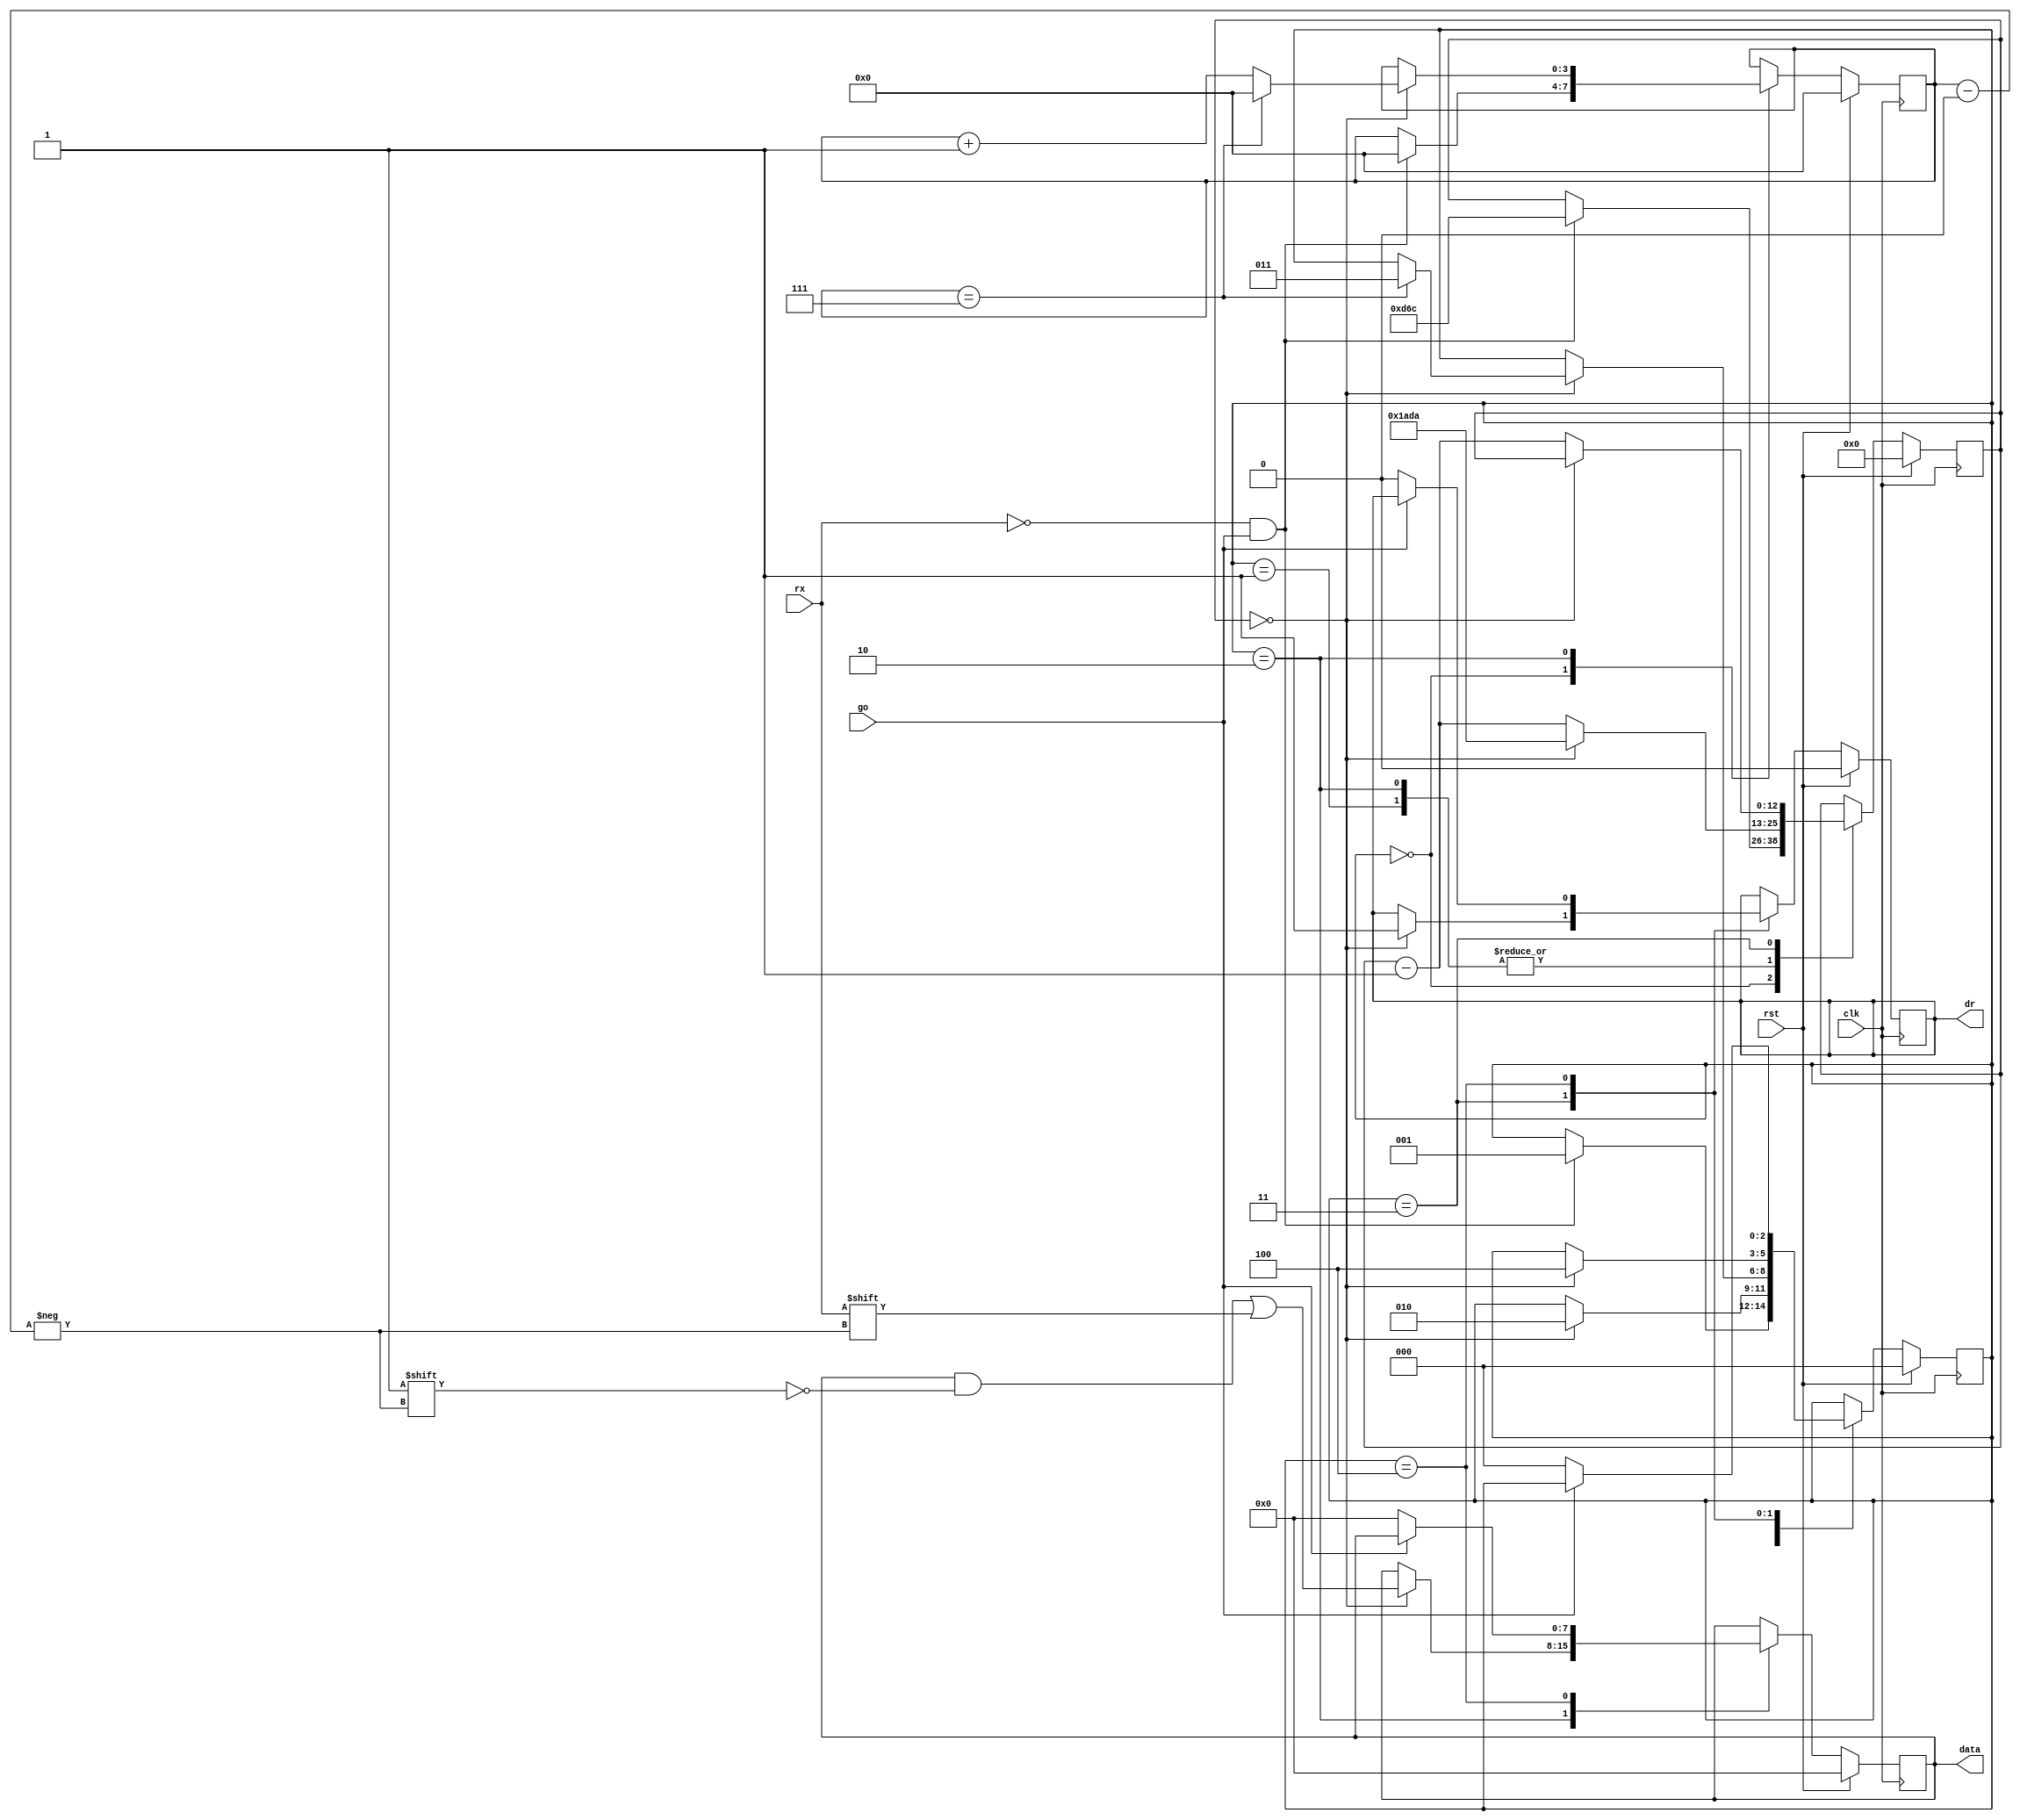
`timescale 1ns / 1ps
`default_nettype none
//`define DBG

module UartRx #(
    parameter CLK_FREQ = 66_000_000,
    parameter BAUD_RATE = 9600
)(
    input wire rst,
    input wire clk,
    input wire rx,
    input wire go,
    output reg [7:0] data,
    output reg dr // enabled when data is ready
);

localparam BIT_TIME = CLK_FREQ / BAUD_RATE;

localparam STATE_IDLE         = 0;
localparam STATE_START_BIT    = 1;
localparam STATE_DATA_BITS    = 2;
localparam STATE_STOP_BIT     = 3;
localparam STATE_WAIT_GO_LOW  = 4;

reg [$clog2(5)-1:0] state;
reg [$clog2(9)-1:0] bit_count;
reg [(BIT_TIME == 1 ? 1 : $clog2(BIT_TIME))-1:0] bit_counter;

always @(posedge clk) begin
    if (rst) begin
        state <= STATE_IDLE;
        data <= 0;
        bit_count <= 0;
        bit_counter <= 0;
        dr <= 0;
    end else begin
        case(state)
        STATE_IDLE: begin
            if (!rx && go) begin // does the cpu wait for data and start bit has started?
                bit_count <= 0;
                if (BIT_TIME == 1) begin
                    // the start bit has been read, jump to data
                    bit_counter <= BIT_TIME - 1; // -1 because one of the ticks has been read before switching state
                    state <= STATE_DATA_BITS;
                end else begin
                     // get sample from half of the cycle
                    bit_counter <= BIT_TIME / 2 - 1; // -1 because one of the ticks has been read before switching state
                    state <= STATE_START_BIT;
                end
            end
        end
        STATE_START_BIT: begin
            if (bit_counter == 0) begin  // no check if rx==0 because there is no error recovery
                bit_counter <= BIT_TIME - 1; // -1 because one of the ticks has been read before switching state
                state <= STATE_DATA_BITS;
            end else begin
                bit_counter <= bit_counter - 1;
            end
        end
        STATE_DATA_BITS: begin
            if (bit_counter == 0) begin
                data[bit_count] <= rx;
                bit_counter <= BIT_TIME - 1; // -1 because one of the ticks has been read before switching state
                bit_count <= bit_count + 1;
                if (bit_count == 7) begin // 7, not 8, because of NBA of bit_count 
                    bit_count <= 0;
                    state <= STATE_STOP_BIT;
                end
            end else begin
                bit_counter <= bit_counter - 1;
            end
        end
        STATE_STOP_BIT: begin
            if (bit_counter == 0) begin // no check if rx==1 because there is no error recovery
                dr <= 1;
                state <= STATE_WAIT_GO_LOW;
            end else begin
                bit_counter <= bit_counter - 1;
            end
        end
        STATE_WAIT_GO_LOW: begin
            if (!go) begin
                data <= 0;
                dr <= 0;
                state <= STATE_IDLE;
            end
        end
        endcase
    end
end

endmodule

`undef DBG
`default_nettype wire